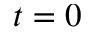
t = 0